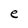
Character: e